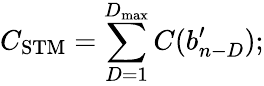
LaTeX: C_{\mathrm{STM}}=\sum_{D=1}^{D_{\mathrm{max}}}C(b_{n-D}^{\prime});